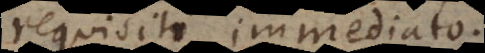
requisiti [immediati],